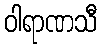
ဝါရာဏသီ